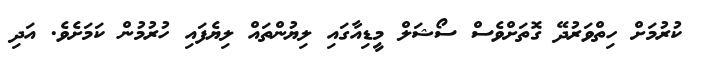
ކުރުމަށް ހިތްވަރުދޭ ގޮތަށްވެސް ސޯޝަލް މީޑިއާގައި ލިޔުންތައް ލިޔެފައި ހުރުމުން ކަމަށެވެ. އަދި